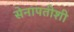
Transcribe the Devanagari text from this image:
सेनापतीशी